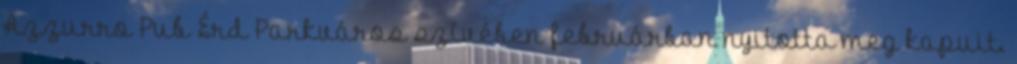
Azzurro Pub Érd Parkváros szívében februárban nyitotta meg kapuit.